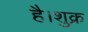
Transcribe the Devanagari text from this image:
है।शुक्र